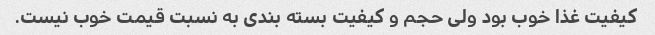
کیفیت غذا خوب بود ولی حجم و کیفیت بسته بندی به نسبت قیمت خوب نیست.